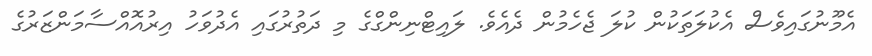
އެމޫނުގައިވެސް އެކުލަތަކުން ކުލަ ޖެހެމުން ދެއެވެ. ލައިޓްނިންގްގެ މި ދަތުރުގައި އެދުވަހު އިރުއޮއްސާމަންޒަރުގެ